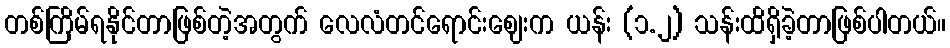
တစ်ကြိမ်ရနိုင်တာဖြစ်တဲ့အတွက် လေလံတင်ရောင်းဈေးက ယန်း (၁.၂) သန်းထိရှိခဲ့တာဖြစ်ပါတယ်။